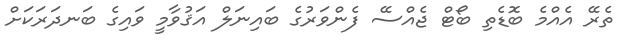
ތެރޭ އެއްމެ ބޮޑެތި ބޯޓް ޖެއްސޭ ފެންވަރުގެ ބައިނަލް އަޤުވާމީ ވައިގެ ބަނދަރަކަށް